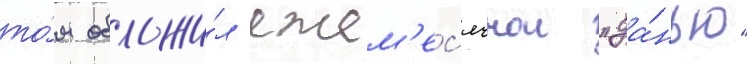
то́м обложи́л ежем'ес'ячнои "да́нью"